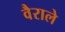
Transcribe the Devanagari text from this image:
वैराले